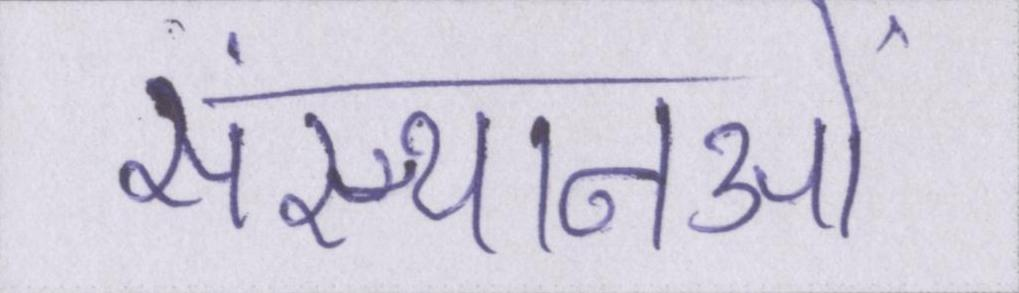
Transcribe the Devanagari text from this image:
संस्थानओं